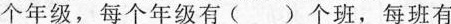
个年级，每个年级有( )个班，每班有